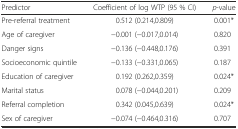
| Predictor | Coefficient of log WTP (95 % CI) | p-value |
 | --- | --- | --- |
 | Pre-referral treatment | 0.512 (0.214,0.809) | 0.001* |
 | Age of caregiver | −0.001 (−0.017,0.014) | 0.820 |
 | Danger signs | −0.136 (−0.448,0.176) | 0.391 |
 | Socioeconomic quintile | −0.133 (−0.331,0.065) | 0.187 |
 | Education of caregiver | 0.192 (0.262,0.359) | 0.024* |
 | Marital status | 0.078 (−0.044,0.201) | 0.209 |
 | Referral completion | 0.342 (0.045,0.639) | 0.024* |
 | Sex of caregiver | −0.074 (−0.464,0.316) | 0.707 |